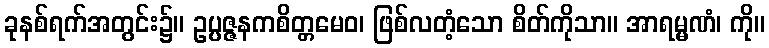
ခုနစ်ရက်အတွင်း၌။ ဥပ္ပဇ္ဇနကစိတ္တမေဝ၊ ဖြစ်လတံ့သော စိတ်ကိုသာ။ အာရမ္မဏံ၊ ကို။